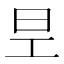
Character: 𭥐